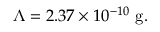
\Lambda = 2 . 3 7 \times 1 0 ^ { - 1 0 } \ \mathrm { g } .